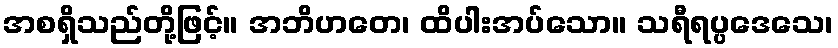
အစရှိသည်တို့ဖြင့်။ အဘိဟတေ၊ ထိပါးအပ်သော။ သရီရပ္ပဒေသေ၊